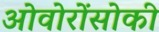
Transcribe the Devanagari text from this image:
ओवोरोंसोकी